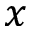
x